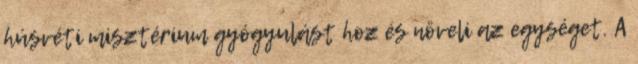
húsvéti misztérium gyógyulást hoz és növeli az egységet. A